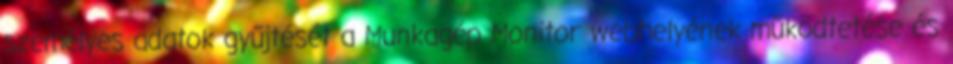
személyes adatok gyűjtését a Munkagép Monitor webhelyének működtetése és